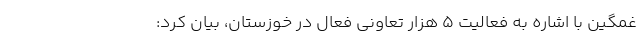
غمگین با اشاره به فعالیت ۵ هزار تعاونی فعال در خوزستان، بیان کرد: